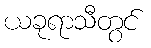
ယခုရာသီတွင်